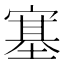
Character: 𡪈